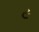
૯